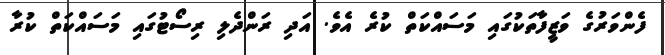
ފެންވަރުގެ ވަޒީފާތަކުގައި މަސައްކަތް ކުރެ އެވެ. އަދި ރަންދެލި ރިސޯޓުގައި މަސައްކަތް ކުރާ